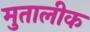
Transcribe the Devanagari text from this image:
मुतालीक